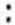
: